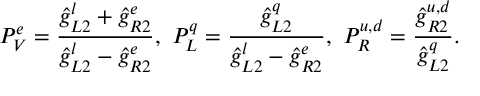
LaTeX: P _ { V } ^ { e } = \frac { \hat { g } _ { L 2 } ^ { l } + \hat { g } _ { R 2 } ^ { e } } { \hat { g } _ { L 2 } ^ { l } - \hat { g } _ { R 2 } ^ { e } } , \ P _ { L } ^ { q } = \frac { \hat { g } _ { L 2 } ^ { q } } { \hat { g } _ { L 2 } ^ { l } - \hat { g } _ { R 2 } ^ { e } } , \ P _ { R } ^ { u , d } = \frac { \hat { g } _ { R 2 } ^ { u , d } } { \hat { g } _ { L 2 } ^ { q } } .